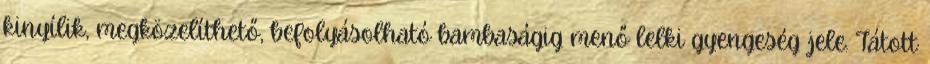
kinyílik, megközelíthető, befolyásolható bambaságig menő lelki gyengeség jele. Tátott